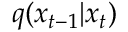
q ( x _ { t - 1 } | x _ { t } )